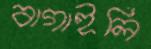
বাগাইলি